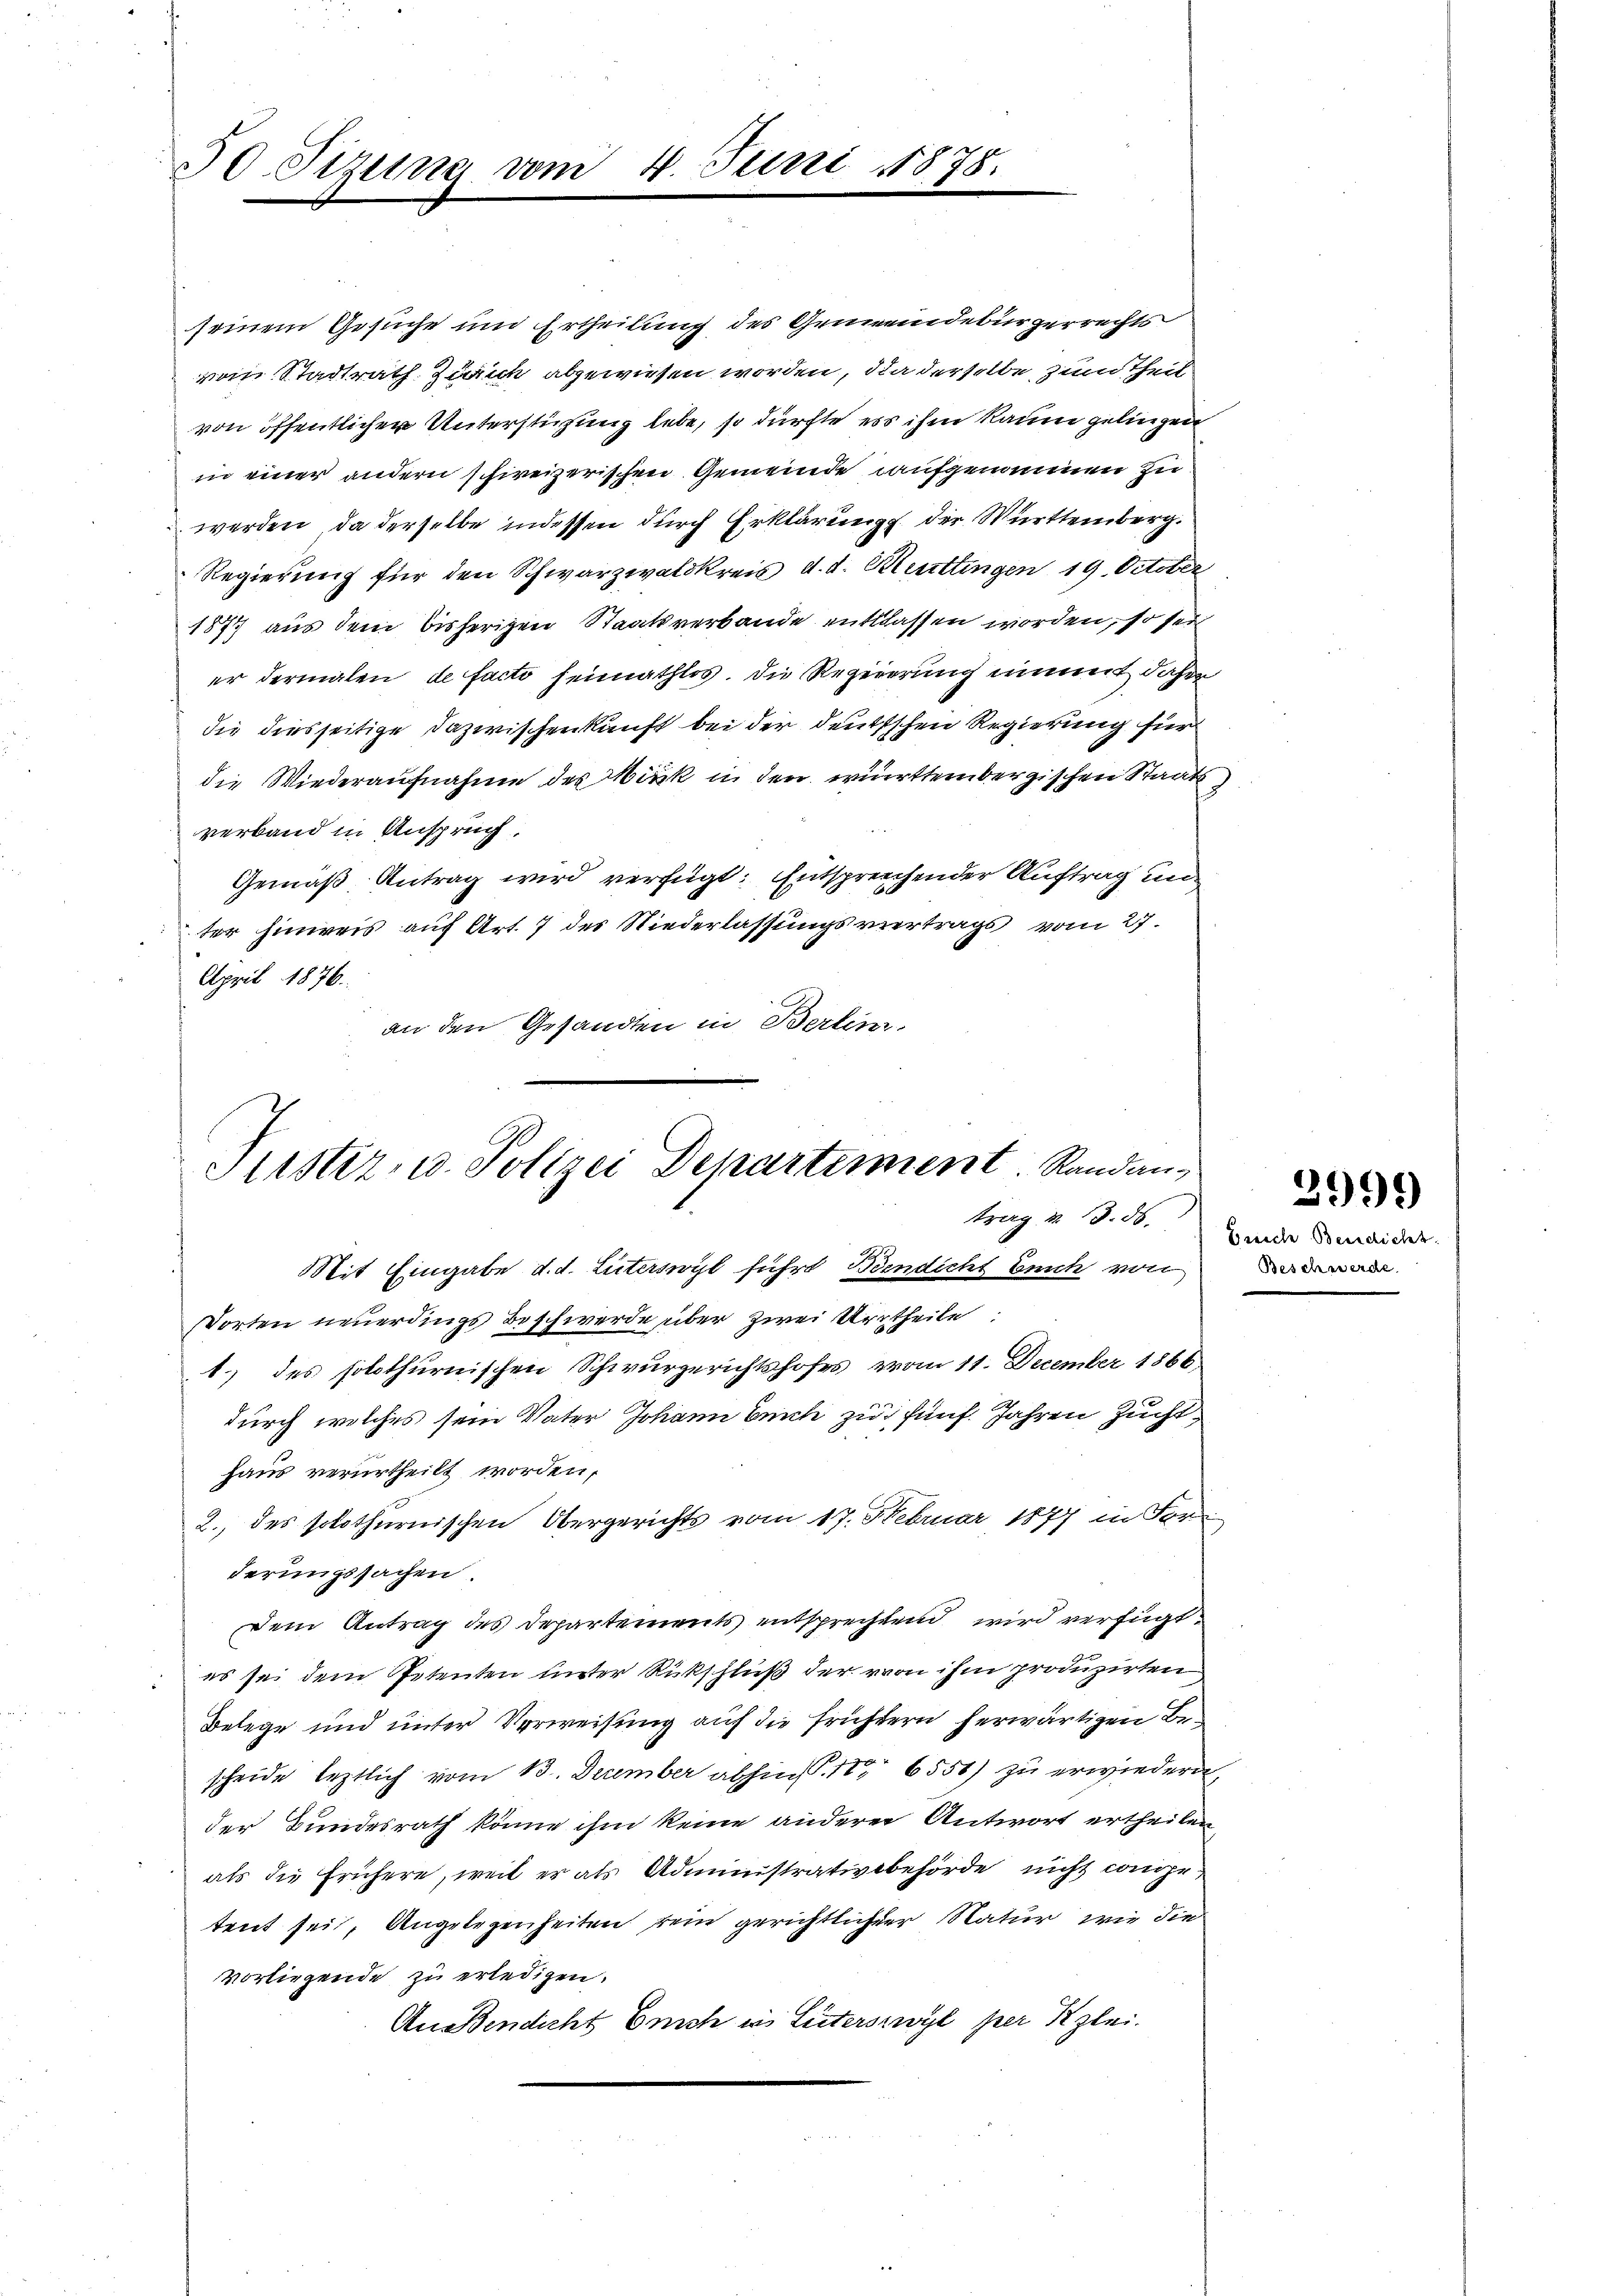
30. Sizung vom

seinem Gesuche und Ertheilung des Gemeindebürgerrechts
ron Stadtrath Zürich abgewiesen worden, die derselbe zum Theil
von öffentlicher Unterstüzung lebe, so dürfte ess ihm kaum gelingen
in einer andern schweizerischen Gemeinde aufgenommen zu
werden, da derselbe indessen durch Erklärung der Württemberg.
Regierung für den Schwarzwatskreis d. d. Mettingen 19. October
1877 aus dem bisherigen Staatsverbande entlassen worden, so sein
er dermalen de facto heimathlos. Die Regierung nimmt daher
die diesseitige Dazwischenkunft bei der deutschen Regierung für
die Wiederaufnahme des Hinck in den württembergischen Staatsverband in Anspruch
Gemäß Antrag wird verfügt: Entsprechender Auftrag un
ter hinweis auf Art. 7 des Niederlassungsvertrags vom 27.
April 1876.
an den Gesandten in Berlin.

4. Juni 187

Justiz- u. Polizei Departement. Randantrag v. 13. 56.
Mit Eingabe d. d. Luterswyl führt, Beendicht Zeit von

Dorten neuerdings Beschwerde über zwei Uertheile
1.) des solothurnischen Schwurgerichtshofes vom 11. December 1866,
durch welches sein Vater Johann Leich zu fünf. Jahren Zucht
haus verurtheilt worden,
2., des solothurnischen Obergerichts vom 17. Februar 1877 in der
derungssachen.
Dem Antrag des Departements entsprechten wird verfügt
es sei dem Petenten unter Rückschluß der von ihm produzirten
Belege und unter Verweisung auf die Früchtern herwärtigen Bescheide letztlich vom 13. December abhin P. 16550) zu erwiedern,
der Bundesrath könne ihm keine anderer Antwort ertheilen
als die frühere, weil er als Administrativbehörde nicht consgetent sei, Angelegenheiten rein gerichtlicher Natur, wie die
vorliegende zu erledigen.
AnBendicht Erich in Literswyl per Klei¬

2999

Eereche Benedicht
Besches erde